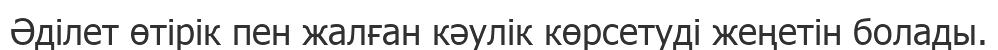
Әділет өтірік пен жалған кәулік көрсетуді жеңетін болады.